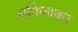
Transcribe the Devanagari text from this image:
सर्पिलाकर